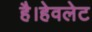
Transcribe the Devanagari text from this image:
है।हेवलेट